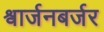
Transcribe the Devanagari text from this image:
श्वार्जनबर्जर